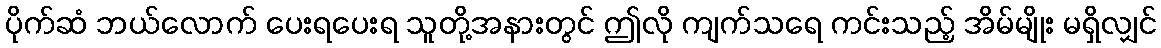
ပိုက်ဆံ ဘယ်လောက် ပေးရပေးရ သူတို့အနားတွင် ဤလို ကျက်သရေ ကင်းသည့် အိမ်မျိုး မရှိလျှင်